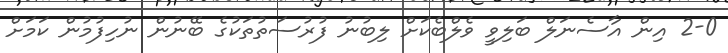
2-0 އިން އާސެނަލް ބަލިވީ ވެލްބެކަށް ލިބުނު ފުރުސަތުތަކުގެ ބޭނުން ނުހިފުމުން ކަމަށް